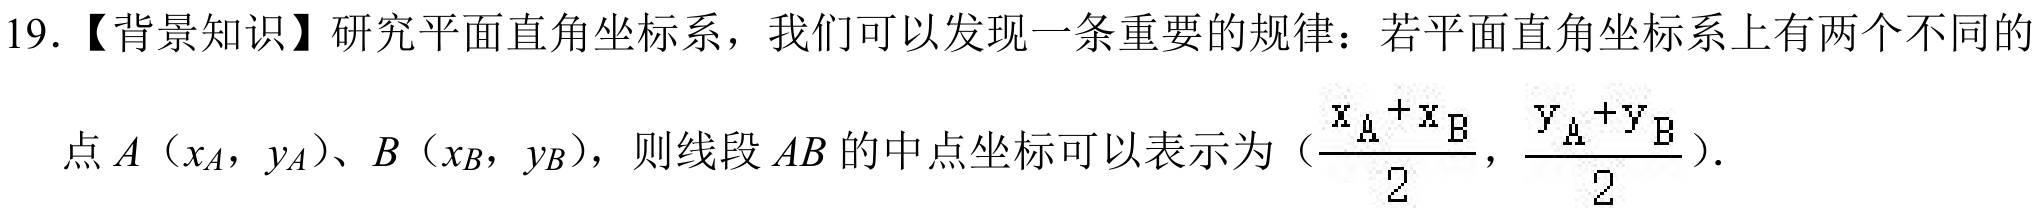
19.【背景知识】研究平面直角坐标系，我们可以发现一条重要的规律：若平面直角坐标系上有两个不同的点\(A\)（\(x_{A}\)，\(y_{A}\)）、\(B\)（\(x_{B}\)，\(y_{B}\)），则线段\(AB\)的中点坐标可以表示为（\(\frac{x_{A}+x_{B}}{2}\)，\(\frac{y_{A}+y_{B}}{2}\)）.